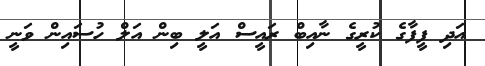
އަދި ފީފާގެ ކުރީގެ ނާއިބް ރައީސް އަލީ ބިން އަލް ހުސައިން ވަނީ